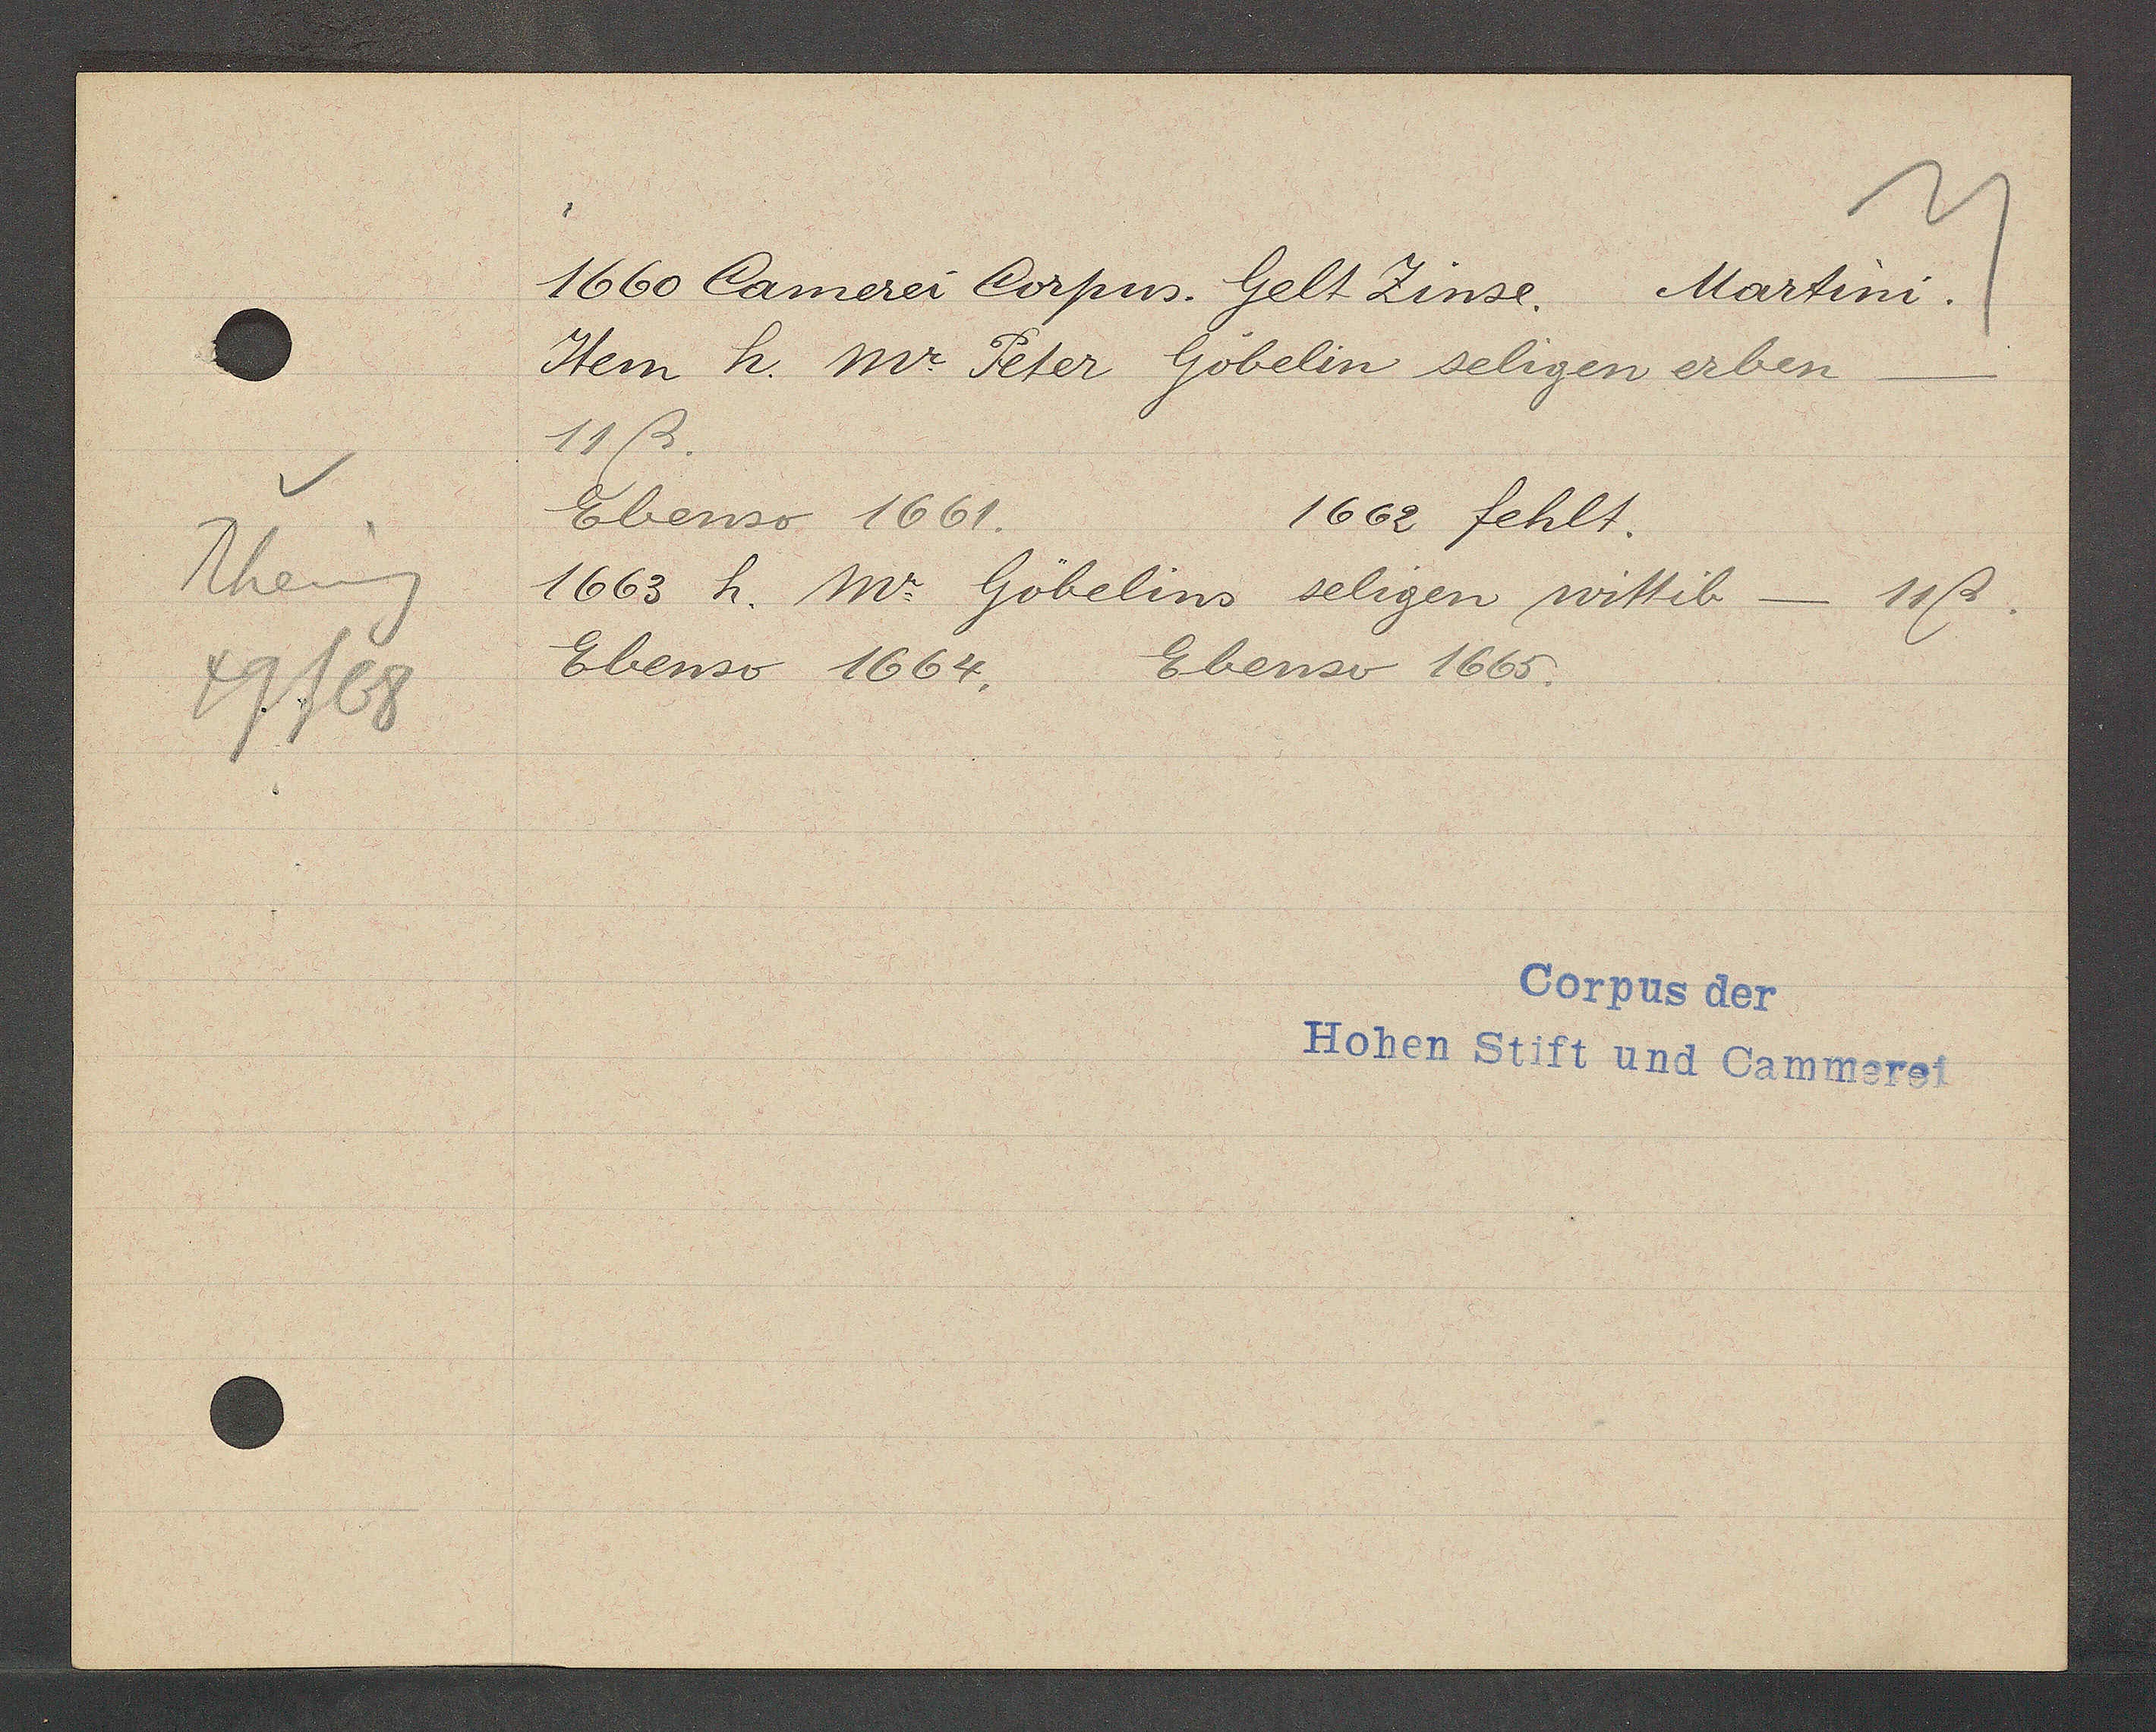
Transcript:
Rheing
49/68

1660 Camerei Corpus. Gelt Zinse. Martini.
Item h. Mr. Peter Göbelin seligen erben
11ß.
Ebenso 1661.
1662 fehlt.
1663 h. W. Göbelins seligen wittib-
11ß.
Ebenso 1664.
Ebenso 1665.

Corpus der
Hohen Stift und Cammerei